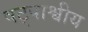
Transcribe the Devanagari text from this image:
षट्पाश्वीय